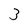
Character: 3